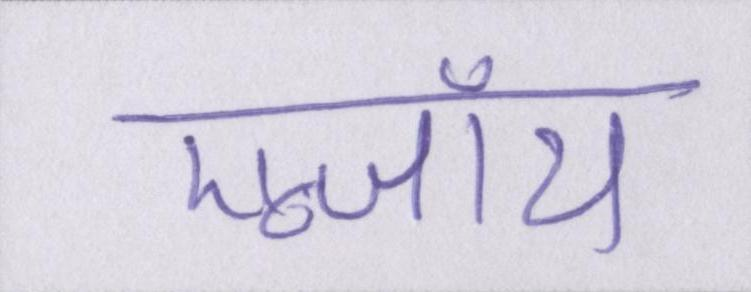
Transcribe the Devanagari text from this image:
एन्जॉय